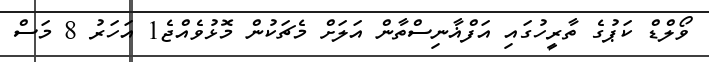
ވޯލްޑް ކަޕުގެ ތާރީހުގައި އަފްޣާނިސްތާން އަލަށް މެޗަކުން މޮޅުވެއްޖެ1 އަހަރު 8 މަސް